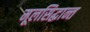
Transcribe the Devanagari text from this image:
मूलसिद्धान्त